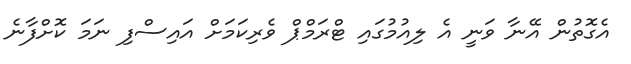
އެގޮތުން އޭނާ ވަނީ އެ ލިއުމުގައި ޓްރަމްޕް ވެރިކަމަށް އައިސްފި ނަމަ ކޮށްފާނެ